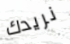
نريدك